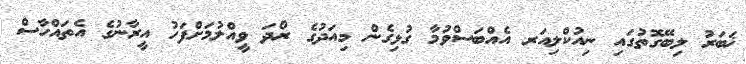
ޚަބަރު ލިބޭގޮތުގައި ނިއުކްލިއަރ އެއްބަސްވުމާ ގުޅިގެން މިއަދުގެ ރޯދަ ވީއްލުމަށްފަހު އީރާނުގެ އެތައްހާސް